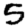
Digit: 5